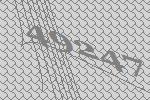
49247